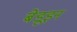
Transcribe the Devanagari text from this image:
बेडूइन